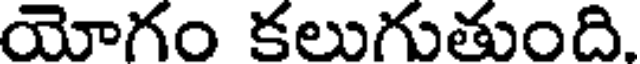
యోగం కలుగుతుంది.